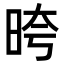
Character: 晇